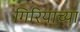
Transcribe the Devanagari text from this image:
गिरियाच्या